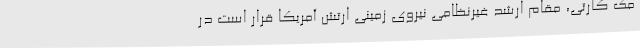
مک کارتی، مقام ارشد غیرنظامی نیروی زمینی ارتش آمریکا قرار است در